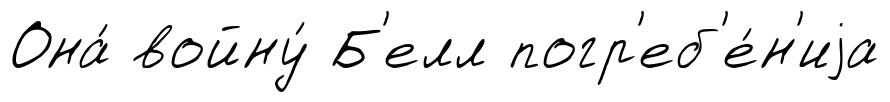
Она́ войну́ Б'елл погр'еб'е́н'иjа